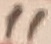
Text: 11